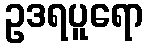
ဥဒရပူရော